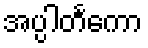
အပ္ပါတင်္ကော